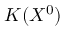
K ( X ^ { 0 } )